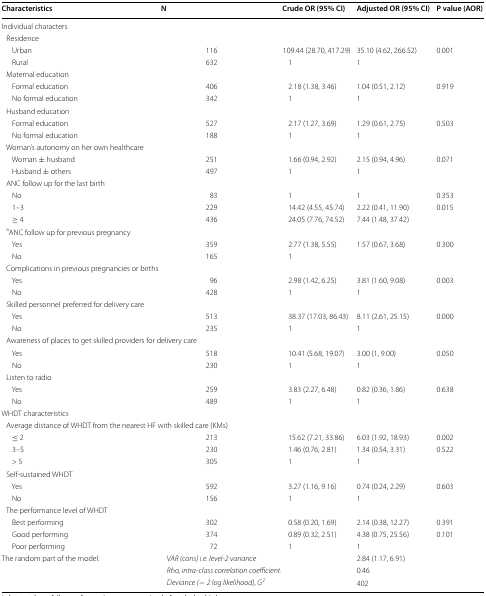
<table><thead><tr><td><b>Characteristics</b></td><td><b>N</b></td><td><b>Crude OR (95% CI)</b></td><td><b>Adjusted OR (95% CI)</b></td><td><b>P value (AOR)</b></td></tr></thead><tbody><tr><td colspan="5">Individual characters</td></tr><tr><td colspan="5"> Residence</td></tr><tr><td>Urban</td><td>116</td><td>109.44 (28.70, 417.29)</td><td>35.10 (4.62, 266.52)</td><td>0.001</td></tr><tr><td>Rural</td><td>632</td><td>1</td><td>1</td><td>[EMPTY_CELL]</td></tr><tr><td colspan="5"> Maternal education</td></tr><tr><td>Formal education</td><td>406</td><td>2.18 (1.38, 3.46)</td><td>1.04 (0.51, 2.12)</td><td>0.919</td></tr><tr><td>No formal education</td><td>342</td><td>1</td><td>1</td><td>[EMPTY_CELL]</td></tr><tr><td colspan="5"> Husband education</td></tr><tr><td>Formal education</td><td>527</td><td>2.17 (1.27, 3.69)</td><td>1.29 (0.61, 2.75)</td><td>0.503</td></tr><tr><td>No formal education</td><td>188</td><td>1</td><td>1</td><td>[EMPTY_CELL]</td></tr><tr><td colspan="5"> Woman’s autonomy on her own healthcare</td></tr><tr><td>Woman ± husband</td><td>251</td><td>1.66 (0.94, 2.92)</td><td>2.15 (0.94, 4.96)</td><td>0.071</td></tr><tr><td>Husband ± others</td><td>497</td><td>1</td><td>1</td><td>[EMPTY_CELL]</td></tr><tr><td colspan="5"> ANC follow up for the last birth</td></tr><tr><td>No</td><td>83</td><td>1</td><td>1</td><td>0.353</td></tr><tr><td>1–3</td><td>229</td><td>14.42 (4.55, 45.74)</td><td>2.22 (0.41, 11.90)</td><td>0.015</td></tr><tr><td>≥ 4</td><td>436</td><td>24.05 (7.76, 74.52)</td><td>7.44 (1.48, 37.42)</td><td>[EMPTY_CELL]</td></tr><tr><td colspan="5"> <sup>a</sup>ANC follow up for previous pregnancy</td></tr><tr><td>Yes</td><td>359</td><td>2.77 (1.38, 5.55)</td><td>1.57 (0.67, 3.68)</td><td>0.300</td></tr><tr><td>No</td><td>165</td><td>1</td><td>[EMPTY_CELL]</td><td>[EMPTY_CELL]</td></tr><tr><td colspan="5"> Complications in previous pregnancies or births</td></tr><tr><td>Yes</td><td>96</td><td>2.98 (1.42, 6.25)</td><td>3.81 (1.60, 9.08)</td><td>0.003</td></tr><tr><td>No</td><td>428</td><td>1</td><td>1</td><td>[EMPTY_CELL]</td></tr><tr><td colspan="5"> Skilled personnel preferred for delivery care</td></tr><tr><td>Yes</td><td>513</td><td>38.37 (17.03, 86.43)</td><td>8.11 (2.61, 25.15)</td><td>0.000</td></tr><tr><td>No</td><td>235</td><td>1</td><td>1</td><td>[EMPTY_CELL]</td></tr><tr><td colspan="5"> Awareness of places to get skilled providers for delivery care</td></tr><tr><td>Yes</td><td>518</td><td>10.41 (5.68, 19.07)</td><td>3.00 (1, 9.00)</td><td>0.050</td></tr><tr><td>No</td><td>230</td><td>1</td><td>1</td><td>[EMPTY_CELL]</td></tr><tr><td colspan="5"> Listen to radio</td></tr><tr><td>Yes</td><td>259</td><td>3.83 (2.27, 6.48)</td><td>0.82 (0.36, 1.86)</td><td>0.638</td></tr><tr><td>No</td><td>489</td><td>1</td><td>1</td><td>[EMPTY_CELL]</td></tr><tr><td colspan="5">WHDT characteristics</td></tr><tr><td colspan="5"> Average distance of WHDT from the nearest HF with skilled care (KMs)</td></tr><tr><td>≤ 2</td><td>213</td><td>15.62 (7.21, 33.86)</td><td>6.03 (1.92, 18.93)</td><td>0.002</td></tr><tr><td>3–5</td><td>230</td><td>1.46 (0.76, 2.81)</td><td>1.34 (0.54, 3.31)</td><td>0.522</td></tr><tr><td>&gt; 5</td><td>305</td><td>1</td><td>1</td><td>[EMPTY_CELL]</td></tr><tr><td colspan="5"> Self-sustained WHDT</td></tr><tr><td>Yes</td><td>592</td><td>3.27 (1.16, 9.16)</td><td>0.74 (0.24, 2.29)</td><td>0.603</td></tr><tr><td>No</td><td>156</td><td>1</td><td>1</td><td>[EMPTY_CELL]</td></tr><tr><td colspan="5"> The performance level of WHDT</td></tr><tr><td>Best performing</td><td>302</td><td>0.58 (0.20, 1.69)</td><td>2.14 (0.38, 12.27)</td><td>0.391</td></tr><tr><td>Good performing</td><td>374</td><td>0.89 (0.32, 2.51)</td><td>4.38 (0.75, 25.56)</td><td>0.101</td></tr><tr><td>Poor performing</td><td>72</td><td>1</td><td>1</td><td>[EMPTY_CELL]</td></tr><tr><td rowspan="3">The random part of the model:</td><td colspan="2"><i>VAR (cons) i.e. level-2 variance</i></td><td>2.84 (1.17, 6.91)</td><td>[EMPTY_CELL]</td></tr><tr><td colspan="2"><i>Rho, intra-class correlation coefficient.</i></td><td>0.46</td><td>[EMPTY_CELL]</td></tr><tr><td colspan="2"><i>Deviance (−</i> <i>2 log likelihood), G</i><sup><i>2</i></sup></td><td>402</td><td>[EMPTY_CELL]</td></tr></tbody></table>